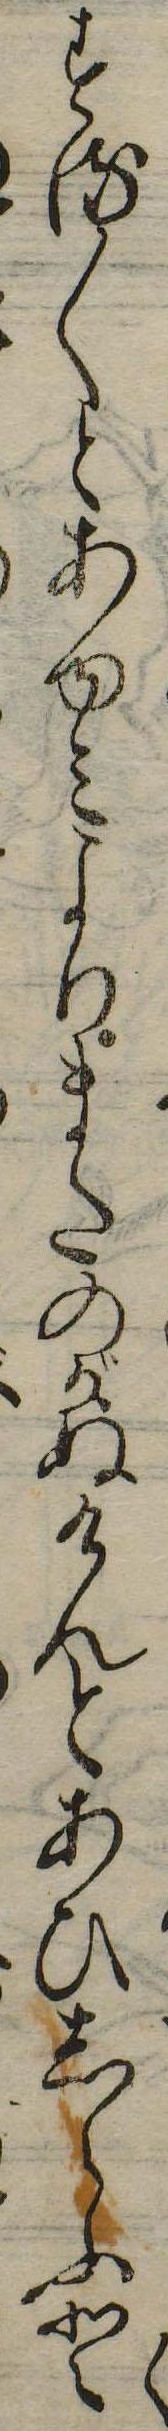
くする〱とあゆみよりまたのがぬけんとあひしらふと